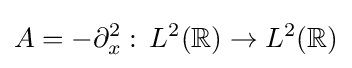
A=-\partial _{x}^{2}:\,L^{2}(\mathbb {R} )\to L^{2}(\mathbb {R} )